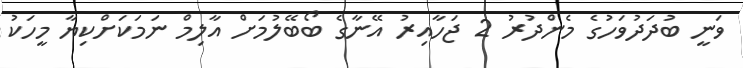
ވަނީ ބުދަދުވަހުގެ މެންދުރު 2 ޖަހާއިރު އޭނާގެ ބޯބޭލުމަށް އާލިމް ނަމަކަށްކިޔާ މީހަކު